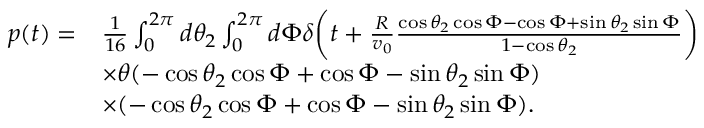
\begin{array} { r l } { p ( t ) = } & { \frac { 1 } { 1 6 } \int _ { 0 } ^ { 2 \pi } d \theta _ { 2 } \int _ { 0 } ^ { 2 \pi } d \Phi \delta \bigg ( t + \frac { R } { v _ { 0 } } \frac { \cos \theta _ { 2 } \cos \Phi - \cos \Phi + \sin \theta _ { 2 } \sin \Phi } { 1 - \cos \theta _ { 2 } } \bigg ) } \\ & { \times \theta ( - \cos \theta _ { 2 } \cos \Phi + \cos \Phi - \sin \theta _ { 2 } \sin \Phi ) } \\ & { \times ( - \cos \theta _ { 2 } \cos \Phi + \cos \Phi - \sin \theta _ { 2 } \sin \Phi ) . } \end{array}